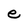
Character: e